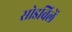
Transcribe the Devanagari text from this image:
सोडविलें